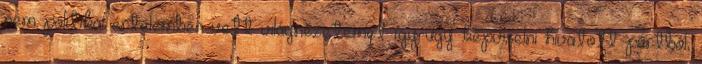
nem politikai értelemben vett világnézetemet így-úgy képviselni hivatott pártból,